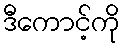
ဒီကောင့်ကို